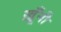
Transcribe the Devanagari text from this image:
ख़ूँनी